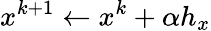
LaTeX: x^{k+1}\leftarrow x^{k}+\alpha h_{x}